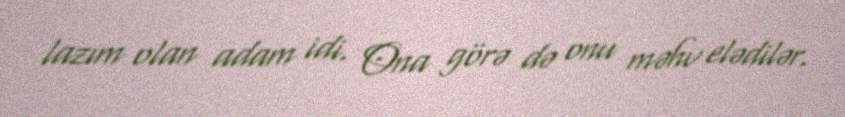
lazım olan adam idi. Ona görə də onu məhv elədilər.